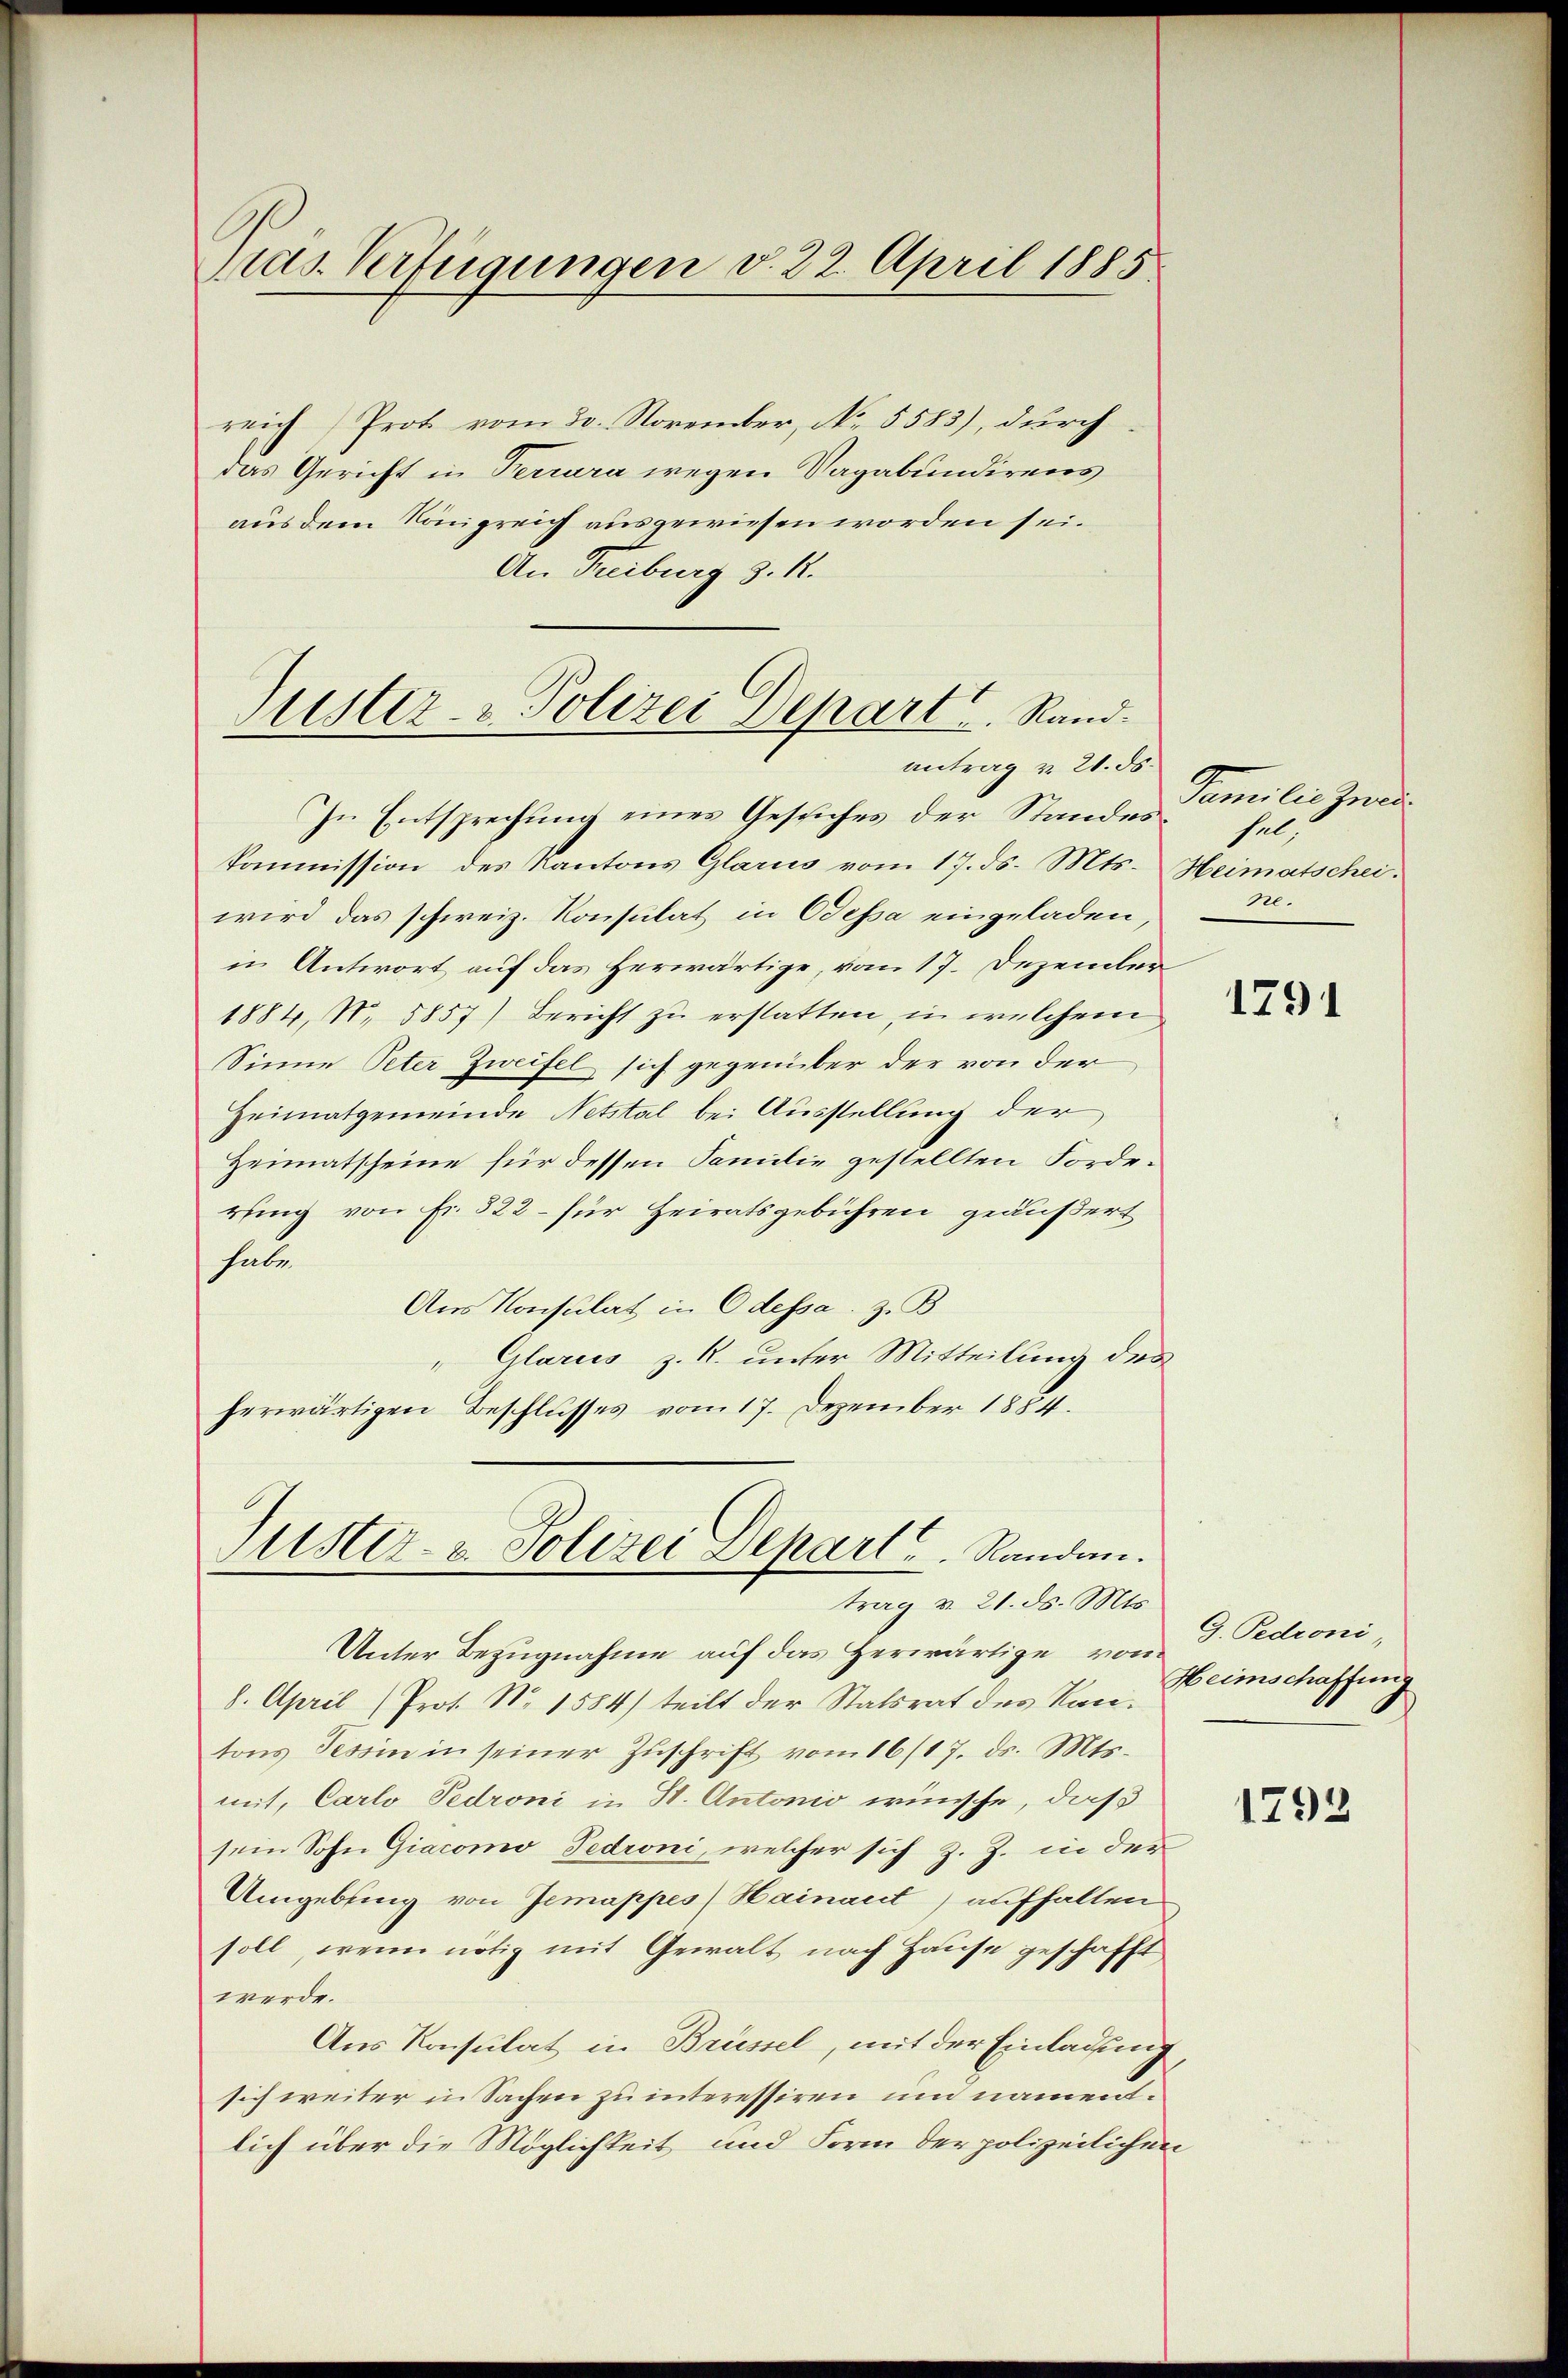
ras. Verfügungen v. 22. April 1885.

reich Prot vom 30. November, No. 5583), durch
das Gericht in Ferrara wegen Sagabundirens
aus dem Königreich ausgewiesen worden sei.
An Treiburg z. K.

Fister- & Polizei Depart. Rand.
antrag v. 21. ds.
In Entsprechung eines Gesuches der Standes

kommission des Kantons Glarus vom 17. ds. Mts. Heimatscheiwird das schweiz. Konsulat in Odessa eingeladen,
in Antwort auf das herwärtige, vom 17. Dezember
1884, S. 5857) Bericht zu erstatten, in welchem
Sinne Peter Zweifel sich gegenüber der von der
Heimatgemeinde Netstal bei Ausstellung der
Heimatscheine für dessen Familie gestellten Forderung von Fr. 322 – für Heiratsgebühren geäußert
habe.
Aus Konsulat in Odessa. z. B.
" Glarus z. R. unter Mitteilung des
herwärtigen Beschlusses vom 17. Dezember 1884.

Tuster- & Polizei Depart. Randen.
trag v. 21. ds. Mts.

Familie zwar
sal,
ne.

Unter Bezugnahme auf das Herwärtige vom
8. April (Prot. No 1584) teilt der Statsrat des Kantons Tessin in seiner Zŭschrift vom 16/17. ds. Mts.
mit, Carlo Pedroni in H. Antonio wünsche, daß
sein Sohn Giacomo Pedroni, welcher sich z. Z. in der
Umgebung von Jemappes Hainaut) aufhalten
soll, wenn nötig mit Gewalt nach Hause geschafft
werde.
Aus Konsulat in Brüssel, mit der Einladung,
sich weiter in Sachen zu interessiren um namentlich über die Möglichkeit und Form der polizeilichen

1791

G. Pedroni,
Heimschaffung

1793